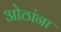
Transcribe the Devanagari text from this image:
ओठांना